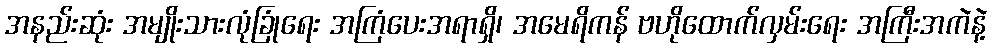
အနည်းဆုံး အမျိုးသားလုံခြုံရေး အကြံပေးအရာရှိ၊ အမေရိကန် ဗဟိုထောက်လှမ်းရေး အကြီးအကဲနဲ့